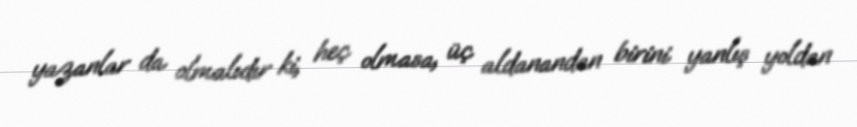
yazanlar da olmalıdır ki, heç olmasa, üç aldanandan birini yanlış yoldan